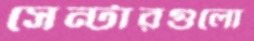
সেন্টারগুলো